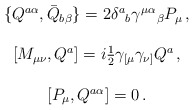
\begin{align*}\begin{array}{c}\{Q^{a\alpha}, \bar{Q}_{b\beta}\}=2\delta^{a}{}_{b}\gamma^{\mu}{}^{\alpha}{}_{\beta}P_{\mu}\,,\\{}\\{}[M_{\mu\nu},Q^{a}]=i\textstyle{\frac{1}{2}}\gamma_{[\mu}\gamma_{\nu]}Q^{a}\,,\\{}\\{}[{P}_{\mu},Q^{a\alpha}]=0\,.\end{array}\end{align*}